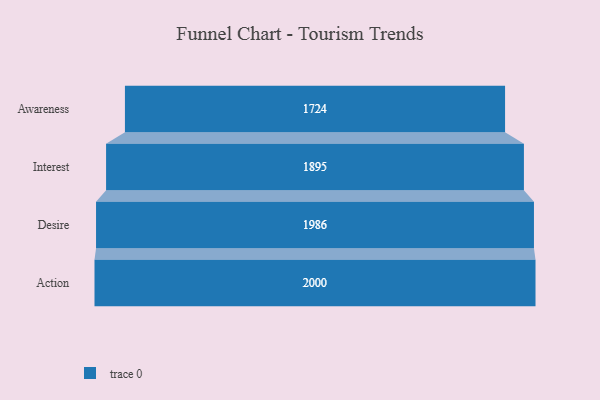
{"axis": {"x": "Stage", "y": "Value"}, "legend": [""], "data": [{"x": "Awareness", "y": 1724.0, "type": ""}, {"x": "Interest", "y": 1895.0, "type": ""}, {"x": "Desire", "y": 1986.0, "type": ""}, {"x": "Action", "y": 2000, "type": ""}]}